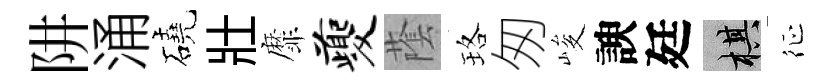
阱涌磽壯靡夔䕃珞匆峻諛廷棋征